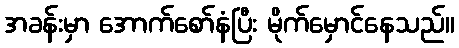
အခန်းမှာ အောက်စော်နံပြီး မိုက်မှောင်နေသည်။